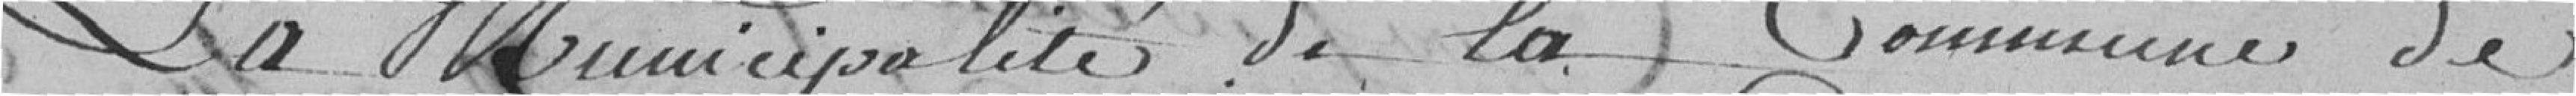
La municipalité de la Commune de